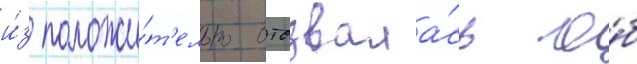
и́з положи́т'ельно отозвала́сь о́б